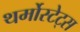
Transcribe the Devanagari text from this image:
थर्मोस्टेट्स